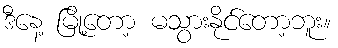
ဒီနေ့ မြို့တော့ မသွားနိုင်တော့ဘူး။